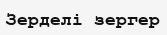
Зерделі зергер